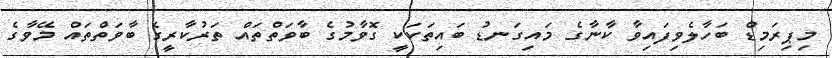
މިޕިރަމިޑް ބަހާލެވިފައިވާ ކާނާގެ މައިގަނޑު ބައިތަކަކީ ގޮވާމުގެ ބާވަތްތައް ތަރުކާރީގެ ބާވަތްތައް މޭވާގެ